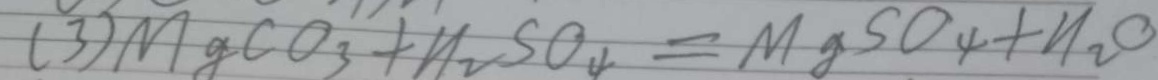
( 3 ) M g C O _ { 3 } + H _ { 2 } S O _ { 4 } = M g S O _ { 4 } + H _ { 2 } O